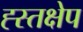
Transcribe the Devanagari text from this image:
ह्स्तक्षेप